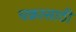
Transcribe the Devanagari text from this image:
चक्रासाठी